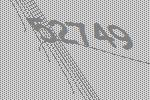
52749